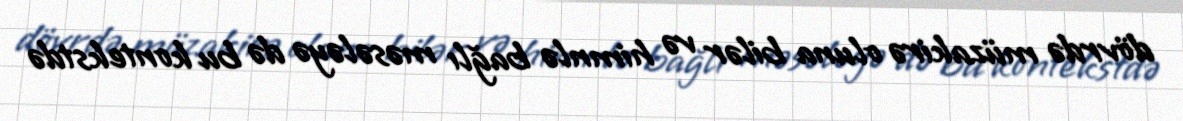
dövrdə müzakirə oluna bilər və himnlə bağlı məsələyə də bu kontekstdə